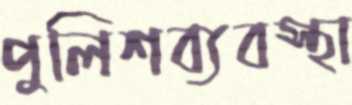
পুলিশব্যবস্থা